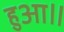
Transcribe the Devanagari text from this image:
हुआ॥